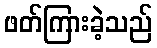
ဖတ်ကြားခဲ့သည်